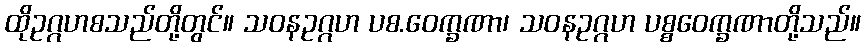
ထိုဥဂ္ဂဟစသည်တို့တွင်။ သဝနဥဂ္ဂဟ ပစ.ဝေက္ခဏာ၊ သဝနဥဂ္ဂဟ ပစ္စဝေက္ခဏာတို့သည်။